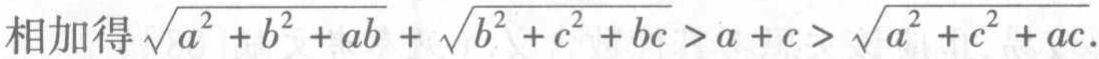
相加得\(\sqrt{a^{2}+b^{2}+ab}+\sqrt{b^{2}+c^{2}+bc}>a + c>\sqrt{a^{2}+c^{2}+ac}\)